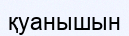
қуанышын